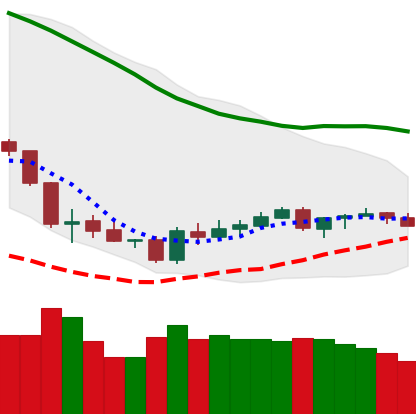
Ticker: BTC-USD
Chart end date: 2018-06-09
Forward return: -11.373%
Label: down_7plus